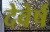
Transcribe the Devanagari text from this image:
देवेर्ष